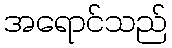
အရောင်သည်